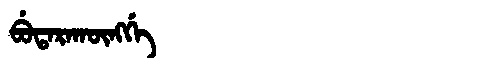
Manchu: ᠪᡠᡨᠠᡵᠠᡴᡡᠩᡤᡝ
Romanization: BUTARAKŪNGGE